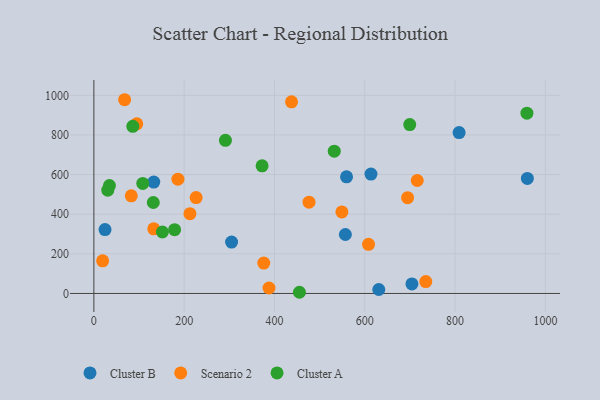
{"axis": {"x": "Experience", "y": "Profit"}, "legend": ["Cluster A", "Cluster B", "Scenario 2"], "data": [{"x": "305.0", "y": 259.5, "type": "Cluster B"}, {"x": "613.7", "y": 602.6, "type": "Cluster B"}, {"x": "960.1", "y": 580.4, "type": "Cluster B"}, {"x": "631.0", "y": 20.0, "type": "Cluster B"}, {"x": "24.7", "y": 322.5, "type": "Cluster B"}, {"x": "559.6", "y": 588.4, "type": "Cluster B"}, {"x": "704.4", "y": 48.3, "type": "Cluster B"}, {"x": "557.0", "y": 297.6, "type": "Cluster B"}, {"x": "808.9", "y": 811.7, "type": "Cluster B"}, {"x": "132.7", "y": 562.2, "type": "Cluster B"}, {"x": "387.9", "y": 27.5, "type": "Scenario 2"}, {"x": "132.6", "y": 326.0, "type": "Scenario 2"}, {"x": "212.8", "y": 402.9, "type": "Scenario 2"}, {"x": "694.8", "y": 483.5, "type": "Scenario 2"}, {"x": "735.1", "y": 60.2, "type": "Scenario 2"}, {"x": "549.3", "y": 411.6, "type": "Scenario 2"}, {"x": "95.0", "y": 856.1, "type": "Scenario 2"}, {"x": "608.3", "y": 247.9, "type": "Scenario 2"}, {"x": "226.5", "y": 483.9, "type": "Scenario 2"}, {"x": "437.8", "y": 967.1, "type": "Scenario 2"}, {"x": "476.5", "y": 460.9, "type": "Scenario 2"}, {"x": "19.4", "y": 164.7, "type": "Scenario 2"}, {"x": "186.2", "y": 576.9, "type": "Scenario 2"}, {"x": "716.2", "y": 570.0, "type": "Scenario 2"}, {"x": "82.9", "y": 492.7, "type": "Scenario 2"}, {"x": "68.1", "y": 977.7, "type": "Scenario 2"}, {"x": "376.3", "y": 153.2, "type": "Scenario 2"}, {"x": "151.8", "y": 310.3, "type": "Cluster A"}, {"x": "959.1", "y": 909.7, "type": "Cluster A"}, {"x": "455.3", "y": 6.0, "type": "Cluster A"}, {"x": "532.4", "y": 718.2, "type": "Cluster A"}, {"x": "86.2", "y": 843.5, "type": "Cluster A"}, {"x": "699.6", "y": 852.1, "type": "Cluster A"}, {"x": "178.8", "y": 321.7, "type": "Cluster A"}, {"x": "372.6", "y": 644.2, "type": "Cluster A"}, {"x": "30.8", "y": 521.3, "type": "Cluster A"}, {"x": "34.5", "y": 544.6, "type": "Cluster A"}, {"x": "108.3", "y": 555.5, "type": "Cluster A"}, {"x": "291.4", "y": 772.7, "type": "Cluster A"}, {"x": "131.6", "y": 459.1, "type": "Cluster A"}]}